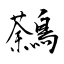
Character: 鷋